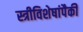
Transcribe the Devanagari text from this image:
स्त्रीविशेषांपैकी